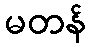
မတန်